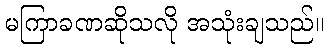
မကြာခဏဆိုသလို အသုံးချသည်။